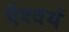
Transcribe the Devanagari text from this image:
ऐश्वर्य